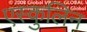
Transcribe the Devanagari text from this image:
एस्कुलिन